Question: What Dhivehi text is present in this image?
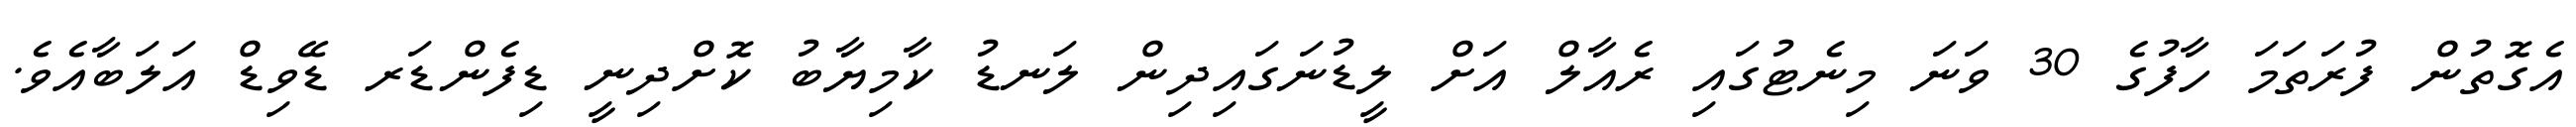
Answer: އެގޮތުން ފުރަތަމަ ހާފުގެ 30 ވަނަ މިނެޓުގައި ރެއާލް އަށް ލީޑުނަގައިދިން ލަނޑު ކާމިޔާބު ކޮށްދިނީ ޑިފެންޑަރ ޑޭވިޑް އަލަބާއެވެ.